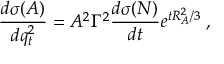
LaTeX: \frac { d \sigma ( A ) } { d q _ { t } ^ { 2 } } = A ^ { 2 } \Gamma ^ { 2 } \frac { d \sigma ( N ) } { d t } e ^ { t R _ { A } ^ { 2 } / 3 } \; ,